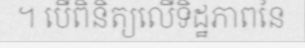
។ បើពិនិត្យលើទិដ្ឋភាពនៃ